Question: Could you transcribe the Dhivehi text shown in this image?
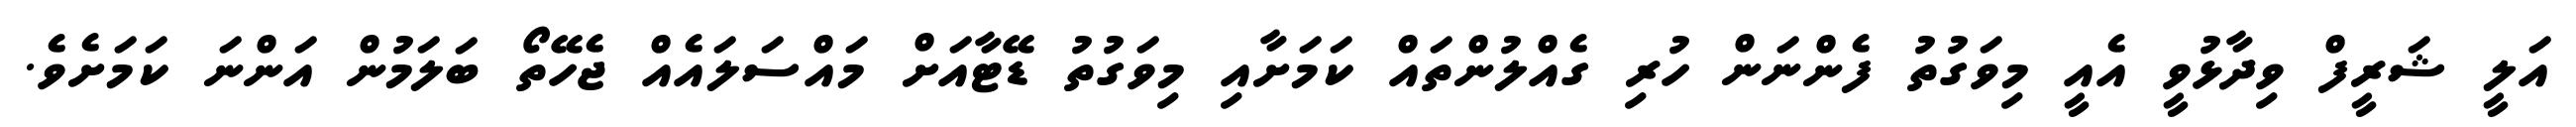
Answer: އަލީ ޝަރީފް ވިދާޅުވީ އެއީ މިވަގުތު ފެންނަން ހުރި ގެއްލުންތައް ކަމަށާއި މިވަގުތު ޑޭޓާއަށް މައްސަލައެއް ޖެހޭތޯ ބަލަމުން އަންނަ ކަމަށެވެ.